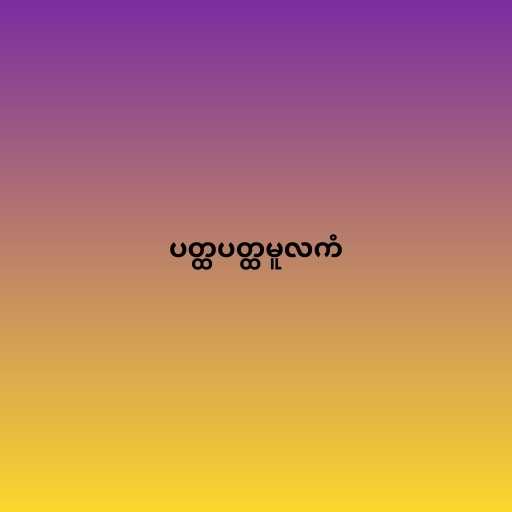
ပတ္ထပတ္ထမူလကံ